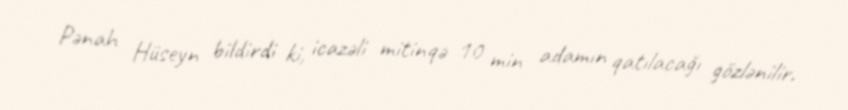
Pənah Hüseyn bildirdi ki, icazəli mitinqə 10 min adamın qatılacağı gözlənilir.